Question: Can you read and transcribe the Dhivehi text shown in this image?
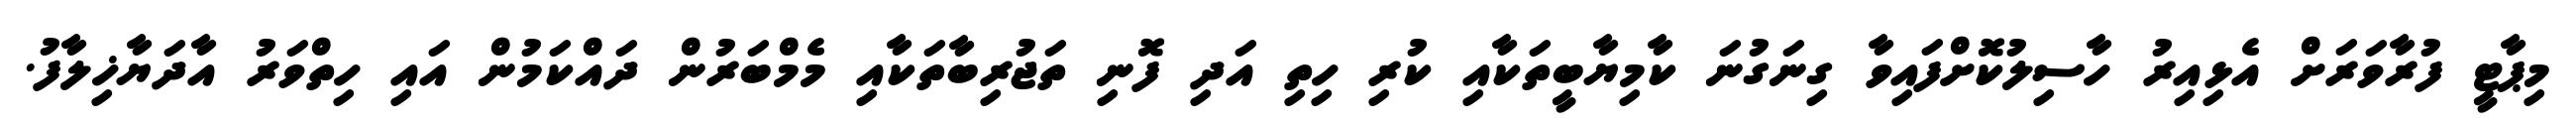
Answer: މިޕާޓީ ފުރާވަރަށް އެޅިއިރު ހާސިލުކޮށްފައިވާ ގިނަގުނަ ކާމިޔާބީތަކާއި ކުރި ހިތި އަދި ފޮނި ތަޖުރިބާތަކާއި މެމްބަރުން ދައްކަމުން އައި ހިތްވަރު އާދަޔާޚިލާފު.